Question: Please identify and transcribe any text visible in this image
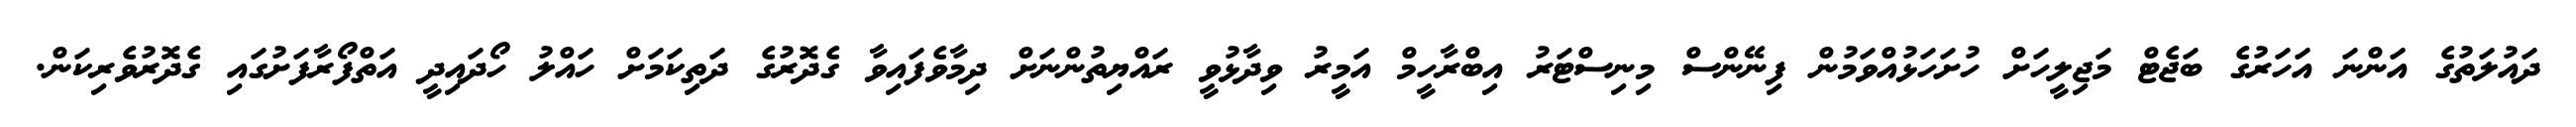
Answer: ދައުލަތުގެ އަންނަ އަހަރުގެ ބަޖެޓް މަޖިލީހަށް ހުށަހަޅުއްވަމުން ފިނޭންސް މިނިސްޓަރު އިބްރާހީމް އަމީރު ވިދާޅުވީ ރައްޔިތުންނަށް ދިމާވެފައިވާ ގެދޮރުގެ ދަތިކަމަށް ހައްލު ހޯދައިދީ އަތްފޯރާފަށުގައި ގެދޮރުވެރިކަން.